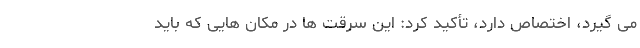
می گیرد، اختصاص دارد، تأکید کرد: این سرقت ها در مکان هایی که باید